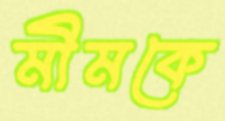
মীমকে